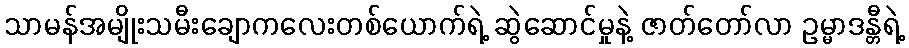
သာမန်အမျိုးသမီးချောကလေးတစ်ယောက်ရဲ့ ဆွဲဆောင်မှုနဲ့ ဇာတ်တော်လာ ဥမ္မာဒန္တီရဲ့